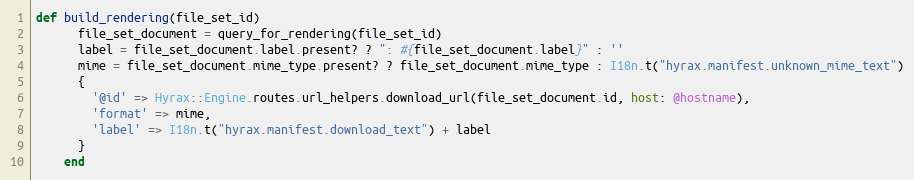
Language: Ruby
def build_rendering(file_set_id)
      file_set_document = query_for_rendering(file_set_id)
      label = file_set_document.label.present? ? ": #{file_set_document.label}" : ''
      mime = file_set_document.mime_type.present? ? file_set_document.mime_type : I18n.t("hyrax.manifest.unknown_mime_text")
      {
        '@id' => Hyrax::Engine.routes.url_helpers.download_url(file_set_document.id, host: @hostname),
        'format' => mime,
        'label' => I18n.t("hyrax.manifest.download_text") + label
      }
    end